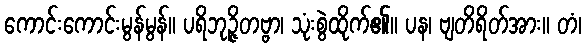
ကောင်းကောင်းမွန်မွန်။ ပရိဘုဉ္ဇိတဗ္ဗာ၊ သုံးစွဲထိုက်၏။ ပန၊ ဗျတိရိတ်အား။ တံ၊